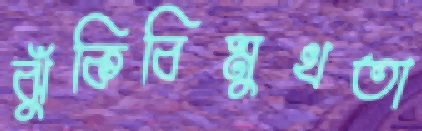
ঝুঁকিবিমুখতা